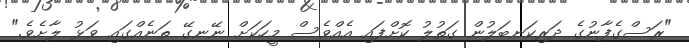
"ރަސްގެފާނުގެ ދަރިކަނބަލުން ގަތުލު ކޮށްފައި އެއްވެސް މީހަކަށް ނޭނގޭ ތަނެއްގައި ވަޅު ލާށެވެ."